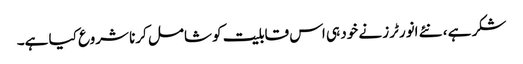
شکر ہے ، نئے انورٹرز نے خود ہی اس قابلیت کو شامل کرنا شروع کیا ہے۔